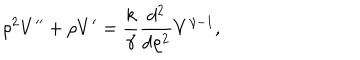
LaTeX: \rho ^ { 2 } V ^ { \prime \prime } + \rho V ^ { \prime } = { \frac { k } { \gamma } } { \frac { d ^ { 2 } } { d \rho ^ { 2 } } } V ^ { \gamma - 1 } ,